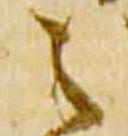
之